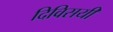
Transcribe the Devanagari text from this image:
दिविसयी